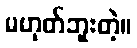
မဟုတ်ဘူးတဲ့။